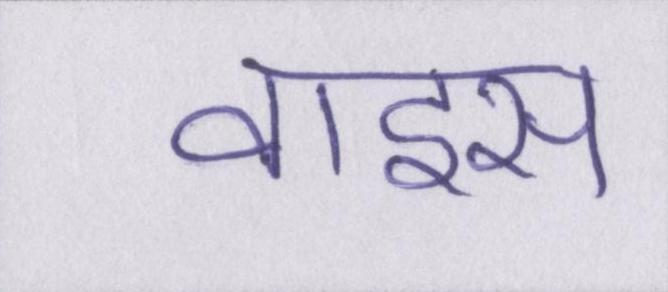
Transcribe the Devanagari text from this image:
वाइस